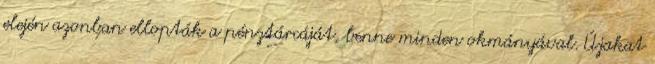
elején azonban ellopták a pénztárcáját, benne minden okmányával. Újakat